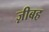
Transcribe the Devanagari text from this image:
ज़ीबह